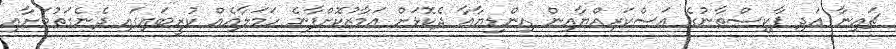
ޗައިނާ އަދި ޕާކިސްތާނުގެ އަސްކަރިއްޔާއިން އިންޑިޔާއާ ދެކޮޅަށް އަމާޒުކޮށްފާނެ ހަމަލާއެއް ކުރީބައިގައި ދެނެގަތުމަށާއި